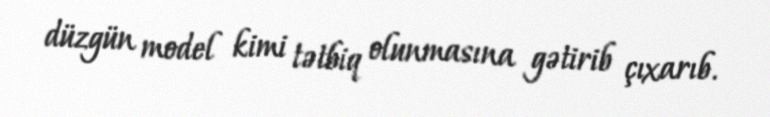
düzgün model kimi tətbiq olunmasına gətirib çıxarıb.